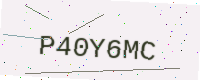
Text: P40Y6MC